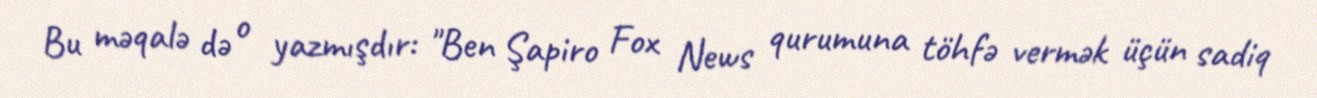
Bu məqalə də o yazmışdır: "Ben Şapiro Fox News qurumuna töhfə vermək üçün sadiq